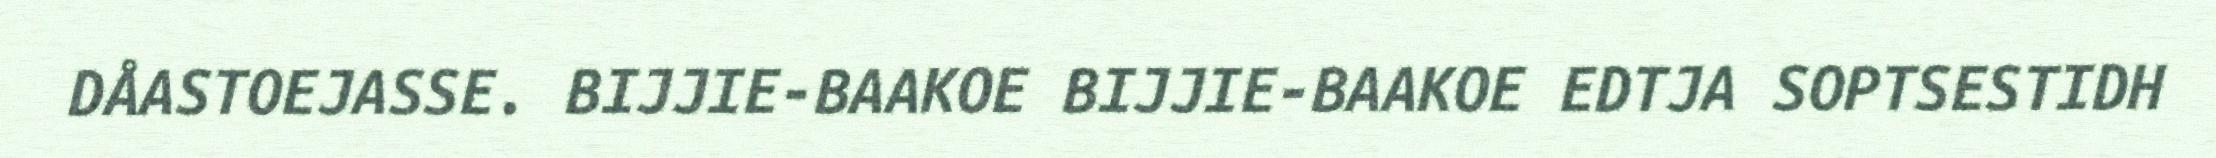
DÅASTOEJASSE. BIJJIE-BAAKOE BIJJIE-BAAKOE EDTJA SOPTSESTIDH